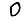
Digit: 0